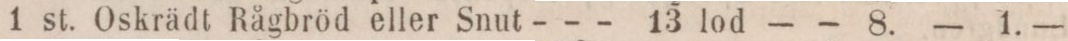
1 st. Oskrädt Rågbröd eller Snut-------13 lod    — — 8.    — 1. —